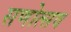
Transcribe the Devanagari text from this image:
सणोत्सव